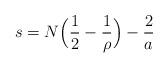
LaTeX: \begin{align*} s = N \Bigl( \frac {1} {2} - \frac {1} {\rho } \Bigr) - \frac {2} {a}\end{align*}